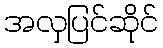
အလှပြင်ဆိုင်